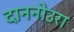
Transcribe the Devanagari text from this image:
दाननोउरा